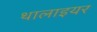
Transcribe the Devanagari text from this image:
थालाइयर